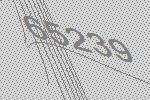
65239